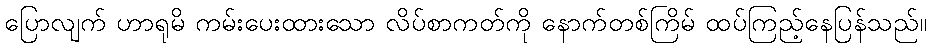
ပြောလျက် ဟာရုမိ ကမ်းပေးထားသော လိပ်စာကတ်ကို နောက်တစ်ကြိမ် ထပ်ကြည့်နေပြန်သည်။